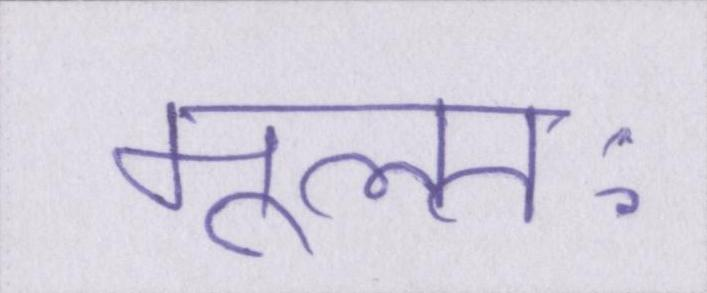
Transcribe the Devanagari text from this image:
मूलतः